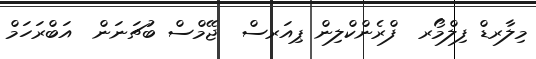
މިލާރޑް ފިލްމޯރ  ފްރެންކްލިން ޕިއަރސް  ޖޭމްސް ބުޗަނަން  އަބްރަހަމް